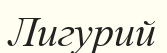
Лигурий